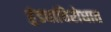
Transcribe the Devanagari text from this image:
हुंड्याविरोधात